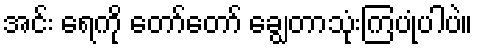
အင်း ရေကို တော်တော် ချွေတာသုံးကြပုံပါပဲ။